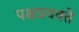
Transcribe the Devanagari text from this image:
पक्षप्रवक्ते